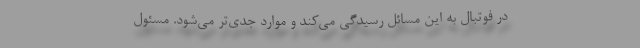
در فوتبال به این مسائل رسیدگی می‌کند و موارد جدی‌تر می‌شود. مسئول